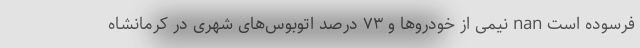
فرسوده است nan نیمی از خودروها و ۷۳ درصد اتوبوس‌های شهری در کرمانشاه